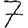
Digit: 7